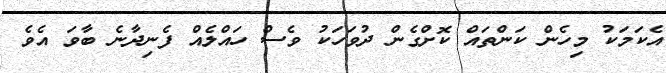
އެކަމަކު މިހެން ކަންތައް ކޮށްގެން ދުވަހަކު ވެސް ހައްލެއް ފެނިދާނެ ބާވަ އެވެ